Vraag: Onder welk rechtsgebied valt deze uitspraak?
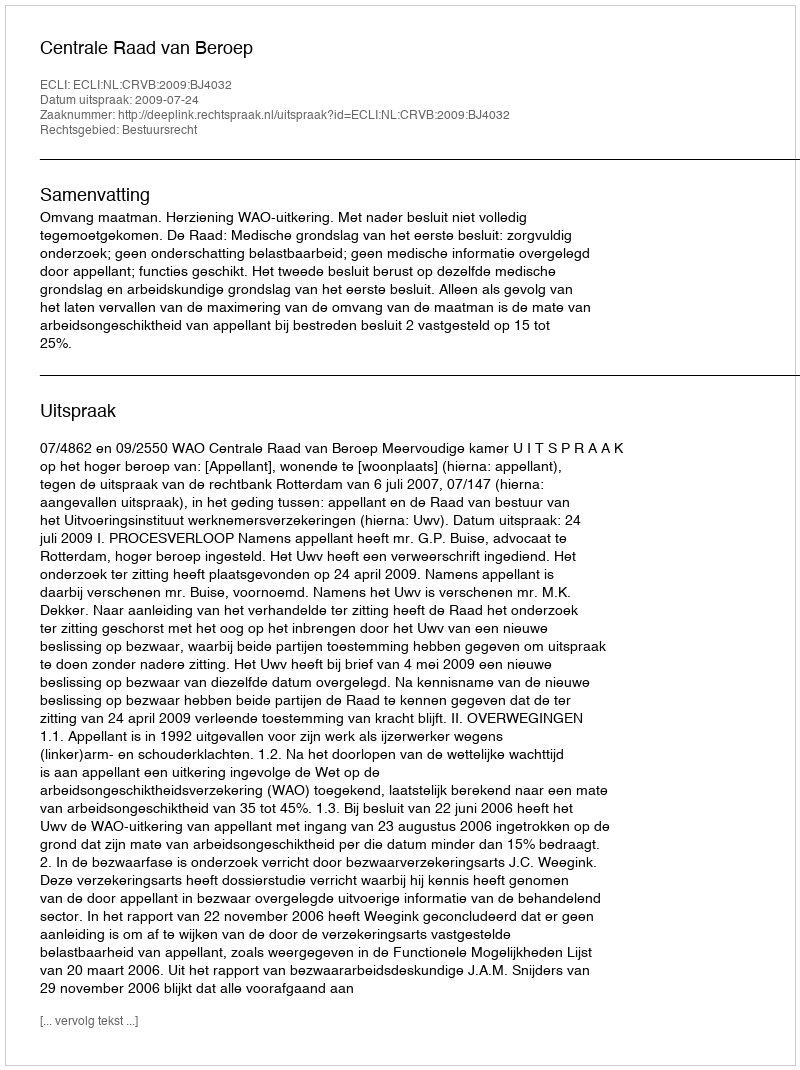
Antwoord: Bestuursrecht